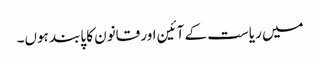
میں ریاست کے آئین اور قانون کا پابند ہوں۔